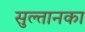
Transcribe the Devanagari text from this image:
सुल्तानका